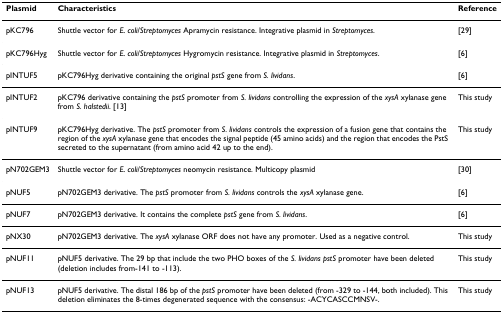
<table><thead><tr><td><b>Plasmid</b></td><td><b>Characteristics</b></td><td><b>Reference</b></td></tr></thead><tbody><tr><td>pKC796</td><td>Shuttle vector for <i>E. coli</i>/<i>Streptomyces </i>Apramycin resistance. Integrative plasmid in <i>Streptomyces</i>.</td><td>[29]</td></tr><tr><td>pKC796Hyg</td><td>Shuttle vector for <i>E. coli</i>/<i>Streptomyces </i>Hygromycin resistance. Integrative plasmid in <i>Streptomyces</i>.</td><td>[6]</td></tr><tr><td>pINTUF5</td><td>pKC796Hyg derivative containing the original <i>pstS </i>gene from <i>S. lividans</i>.</td><td>[6]</td></tr><tr><td>pINTUF2</td><td>pKC796 derivative containing the <i>pstS </i>promoter from <i>S. lividans </i>controlling the expression of the <i>xysA </i>xylanase gene from <i>S. halstedii</i>. [13]</td><td>This study</td></tr><tr><td>pINTUF9</td><td>pKC796Hyg derivative. The <i>pstS </i>promoter from <i>S. lividans </i>controls the expression of a fusion gene that contains the region of the <i>xysA </i>xylanase gene that encodes the signal peptide (45 amino acids) and the region that encodes the PstS secreted to the supernatant (from amino acid 42 up to the end).</td><td>This study</td></tr><tr><td>pN702GEM3</td><td>Shuttle vector for <i>E. coli</i>/<i>Streptomyces </i>neomycin resistance. Multicopy plasmid</td><td>[30]</td></tr><tr><td>pNUF5</td><td>pN702GEM3 derivative. The <i>pstS </i>promoter from <i>S. lividans </i>controls the <i>xysA </i>xylanase gene.</td><td>[6]</td></tr><tr><td>pNUF7</td><td>pN702GEM3 derivative. It contains the complete <i>pstS </i>gene from <i>S. lividans</i>.</td><td>[6]</td></tr><tr><td>pNX30</td><td>pN702GEM3 derivative. The <i>xysA </i>xylanase ORF does not have any promoter. Used as a negative control.</td><td>This study</td></tr><tr><td>pNUF11</td><td>pNUF5 derivative. The 29 bp that include the two PHO boxes of the <i>S. lividans pstS </i>promoter have been deleted (deletion includes from-141 to -113).</td><td>This study</td></tr><tr><td>pNUF13</td><td>pNUF5 derivative. The distal 186 bp of the <i>pstS </i>promoter have been deleted (from -329 to -144, both included). This deletion eliminates the 8-times degenerated sequence with the consensus: -ACYCASCCMNSV-.</td><td>This study</td></tr></tbody></table>